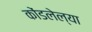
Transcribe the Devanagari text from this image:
कोंडलेल्या